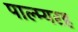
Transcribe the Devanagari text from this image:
पाल्म्यरह